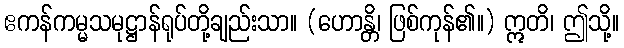
ဧကန်ကမ္မသမုဋ္ဌာန်ရုပ်တို့ချည်းသာ။ (ဟောန္တိ၊ ဖြစ်ကုန်၏။) ဣတိ၊ ဤသို့။